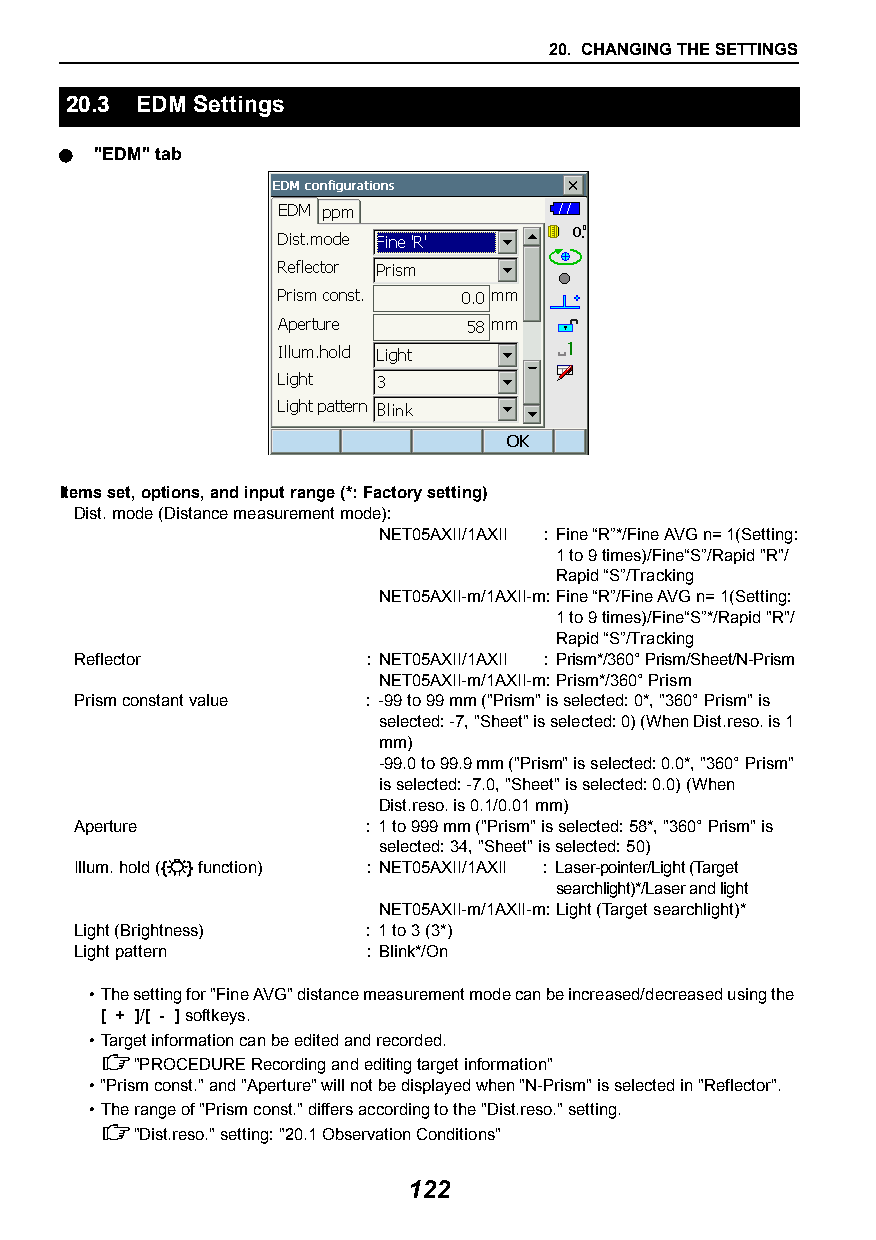
20. CHANGING THE SETTINGS
 20.3 EDM Settings
  "EDM" tab
 Items set, options, and input range (*: Factory setting)
 Dist. mode (Distance measurement mode):
 NET05AXII/1AXII : Fine “R”*/Fine AVG n= 1(Setting:
 1 to 9 times)/Fine“S”/Rapid "R"/
 Rapid “S”/Tracking
 NET05AXII-m/1AXII-m:Fine “R”/Fine AVG n= 1(Setting:
 1 to 9 times)/Fine“S”*/Rapid "R"/
 Rapid “S”/Tracking
 Reflector          : NET05AXII/1AXII : Prism*/360° Prism/Sheet/N-Prism
 NET05AXII-m/1AXII-m:Prism*/360° Prism
 Prism constant value : -99 to 99 mm ("Prism" is selected: 0*, "360° Prism" is
 selected: -7, "Sheet" is selected: 0) (When Dist.reso. is 1
 mm)
 -99.0 to 99.9 mm ("Prism" is selected: 0.0*, "360° Prism"
 is selected: -7.0, "Sheet" is selected: 0.0) (When
 Dist.reso. is 0.1/0.01 mm)
 Aperture           : 1 to 999 mm ("Prism" is selected: 58*, "360° Prism" is
 selected: 34, "Sheet" is selected: 50)
 Illum. hold ({} function) : NET05AXII/1AXII : Laser-pointer/Light (Target
 searchlight)*/Laser and light
 NET05AXII-m/1AXII-m:Light (Target searchlight)*
 Light (Brightness) : 1 to 3 (3*)
 Light pattern      : Blink*/On
 •The setting for "Fine AVG" distance measurement mode can be increased/decreased using the
 [ + ]/[ - ] softkeys.
 •Target information can be edited and recorded.
 "PROCEDURE Recording and editing target information"
 •"Prism const." and "Aperture" will not be displayed when "N-Prism" is selected in "Reflector".
 •The range of "Prism const." differs according to the "Dist.reso." setting.
 "Dist.reso." setting: "20.1Observation Conditions"
 122